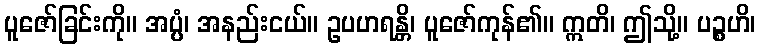
ပူဇော်ခြင်းကို။ အပ္ပံ၊ အနည်းငယ်။ ဥပဟရန္တိ၊ ပူဇော်ကုန်၏။ ဣတိ၊ ဤသို့။ ပဉ္စဟိ၊